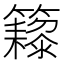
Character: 𬖁